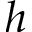
h